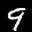
Label: 9